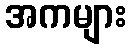
အကများ